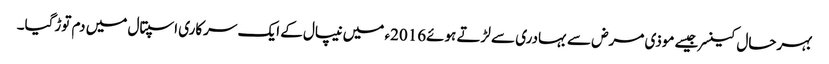
بہرحال کینسرجیسے موذی مرض سے بہادری سے لڑتے ہوئے2016ء میں نیپال کے ایک سرکاری اسپتال میں دم توڑگیا۔